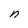
Character: n